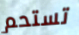
تستحم